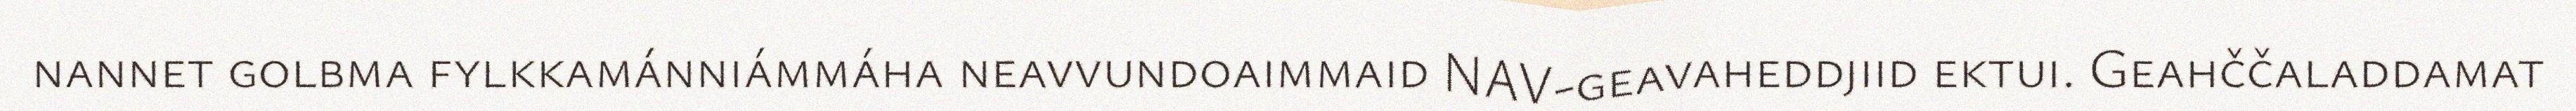
nannet golbma fylkkamánniámmáha neavvundoaimmaid NAV-geavaheddjiid ektui. Geahččaladdamat